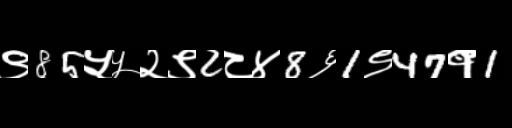
Text: ९85५५२९2८४8६1९47१1